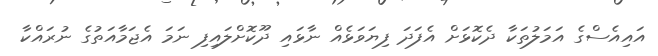
އައިއެސްގެ އަމަލުތަކާ ދެކޮޅަށް އެފަދަ ފިޔަވަޅެއް ނާޅައި ދޫކޮށްލައިފި ނަމަ އެޖަމާއަތުގެ ނުރައްކާ